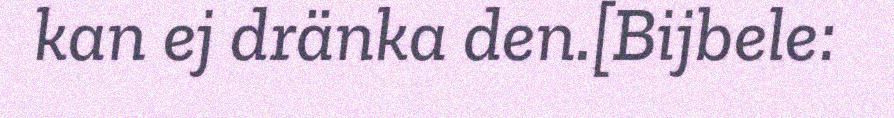
kan ej dränka den.[Bijbele: